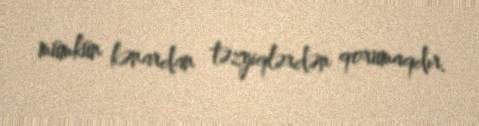
mümkün kənardan təzyiqlərdən qorumaqdır.